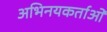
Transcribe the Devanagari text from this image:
अभिनयकर्ताओं